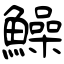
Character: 鱢